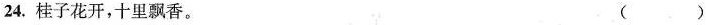
24.桂子花开，十里飘香。（）